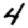
Digit: 4